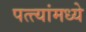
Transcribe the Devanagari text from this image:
पत्त्यांमध्ये